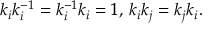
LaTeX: k _ { i } k _ { i } ^ { - 1 } = k _ { i } ^ { - 1 } k _ { i } = 1 , \, k _ { i } k _ { j } = k _ { j } k _ { i } .